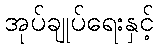
အုပ်ချုပ်ရေးနှင့်